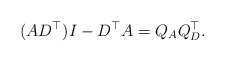
\begin{align*}(AD^\top)I - D^\top A = Q_A Q_D^\top.\end{align*}